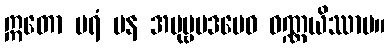
ဣတော ပရံ ပန အပုဗ္ဗပဒမေဝ ဝဏ္ဏယိဿာမ။